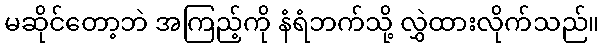
မဆိုင်တော့ဘဲ အကြည့်ကို နံရံဘက်သို့ လွှဲထားလိုက်သည်။